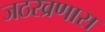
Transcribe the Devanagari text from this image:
जठरव्रणास